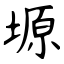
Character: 塬